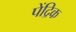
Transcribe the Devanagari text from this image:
पेंद्रिक